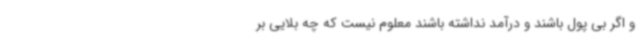
و اگر بی پول باشند و درآمد نداشته باشند معلوم نیست که چه بلایی بر